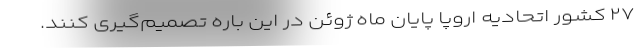
۲۷ کشور اتحادیه اروپا پایان ماه ژوئن در این باره تصمیم‌گیری کنند.